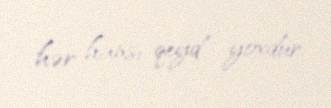
hər hansı qeyd yoxdur.